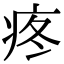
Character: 疼